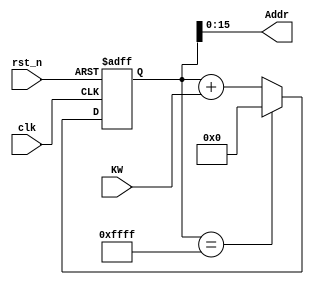
module Phase_Acc
# (parameter ADDR_WIDTH=16)
(
	clk, rst_n, KW, Addr
);
	 input clk;
	 input rst_n;
	 input[27:0] KW;
	 output[ADDR_WIDTH-1:0] Addr;	 

	       
    reg[27:0] Cnt; //synthesis keep;

	 
	always @ ( posedge clk or negedge rst_n )
		begin
			if( !rst_n ) 
				Cnt <= 28'd0;
			else if( Cnt == 28'd65535 )
				Cnt <= 0;
			else	
				Cnt <= Cnt + KW;
		end
		
	 assign Addr = Cnt[ADDR_WIDTH-1:0];

endmodule